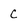
Character: C